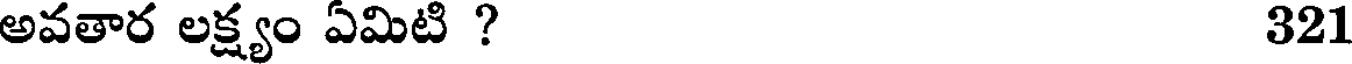
అవతార లక్ష్యం ఏమిటి ? 321